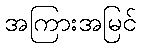
အကြားအမြင်